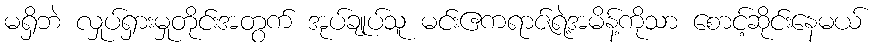
မရှိဘဲ လှုပ်ရှားမှုတိုင်းအတွက် အုပ်ချုပ်သူ မင်းဧကရာဇ်ရဲ့အမိန့်ကိုသာ စောင့်ဆိုင်းနေမယ်